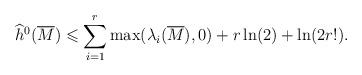
LaTeX: \begin{align*}\widehat{h}^0(\overline M)\leqslant \sum_{i=1}^r\max(\lambda_i(\overline M),0)+r\ln(2)+\ln(2r!).\end{align*}